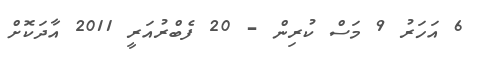
6 އަހަރު 9 މަސް ކުރިން - 20 ފެބްރުއަރީ 2011 އާދަކޮށް